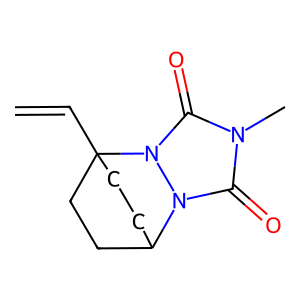
SMILES: C=CC12CCC(CC1)n1c(=O)n(C)c(=O)n12
Inhibits HIV replication: No